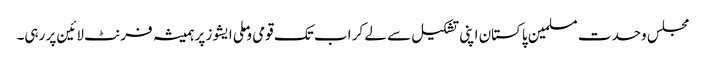
مجلس وحدت مسلمین پاکستان اپنی تشکیل سے لے کر اب تک قومی و ملی ایشوز پر ہمیشہ فرنٹ لائین پر رہی۔